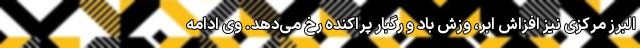
البرز مرکزی نیز افزاش ابر، وزش باد و رگبار پراکنده رخ می‌دهد. وی ادامه